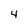
Character: 4